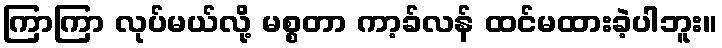
ကြာကြာ လုပ်မယ်လို့ မစ္စတာ ကာ့ခ်လန် ထင်မထားခဲ့ပါဘူး။